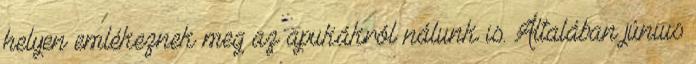
helyen emlékeznek meg az apukákról nálunk is. Általában június